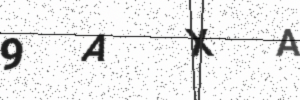
Text: 9AXA